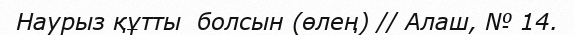
Наурыз құтты  болсын (өлең) // Алаш, № 14.